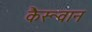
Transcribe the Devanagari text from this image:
कैरूवान